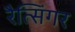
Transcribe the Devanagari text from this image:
रैत्सिंगर